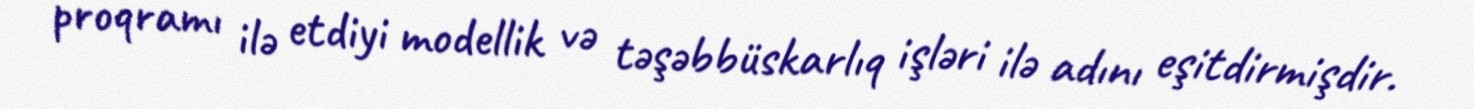
proqramı ilə etdiyi modellik və təşəbbüskarlıq işləri ilə adını eşitdirmişdir.